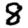
Digit: 8